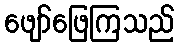
ဖျော်ဖြေကြသည်